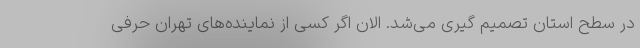
در سطح استان تصمیم گیری می‌شد. الان اگر کسی از نماینده‌های تهران حرفی